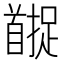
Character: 𬳚